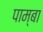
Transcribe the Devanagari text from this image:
पाम्बा